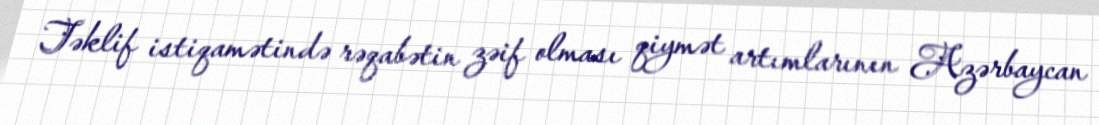
Təklif istiqamətində rəqabətin zəif olması qiymət artımlarının Azərbaycan